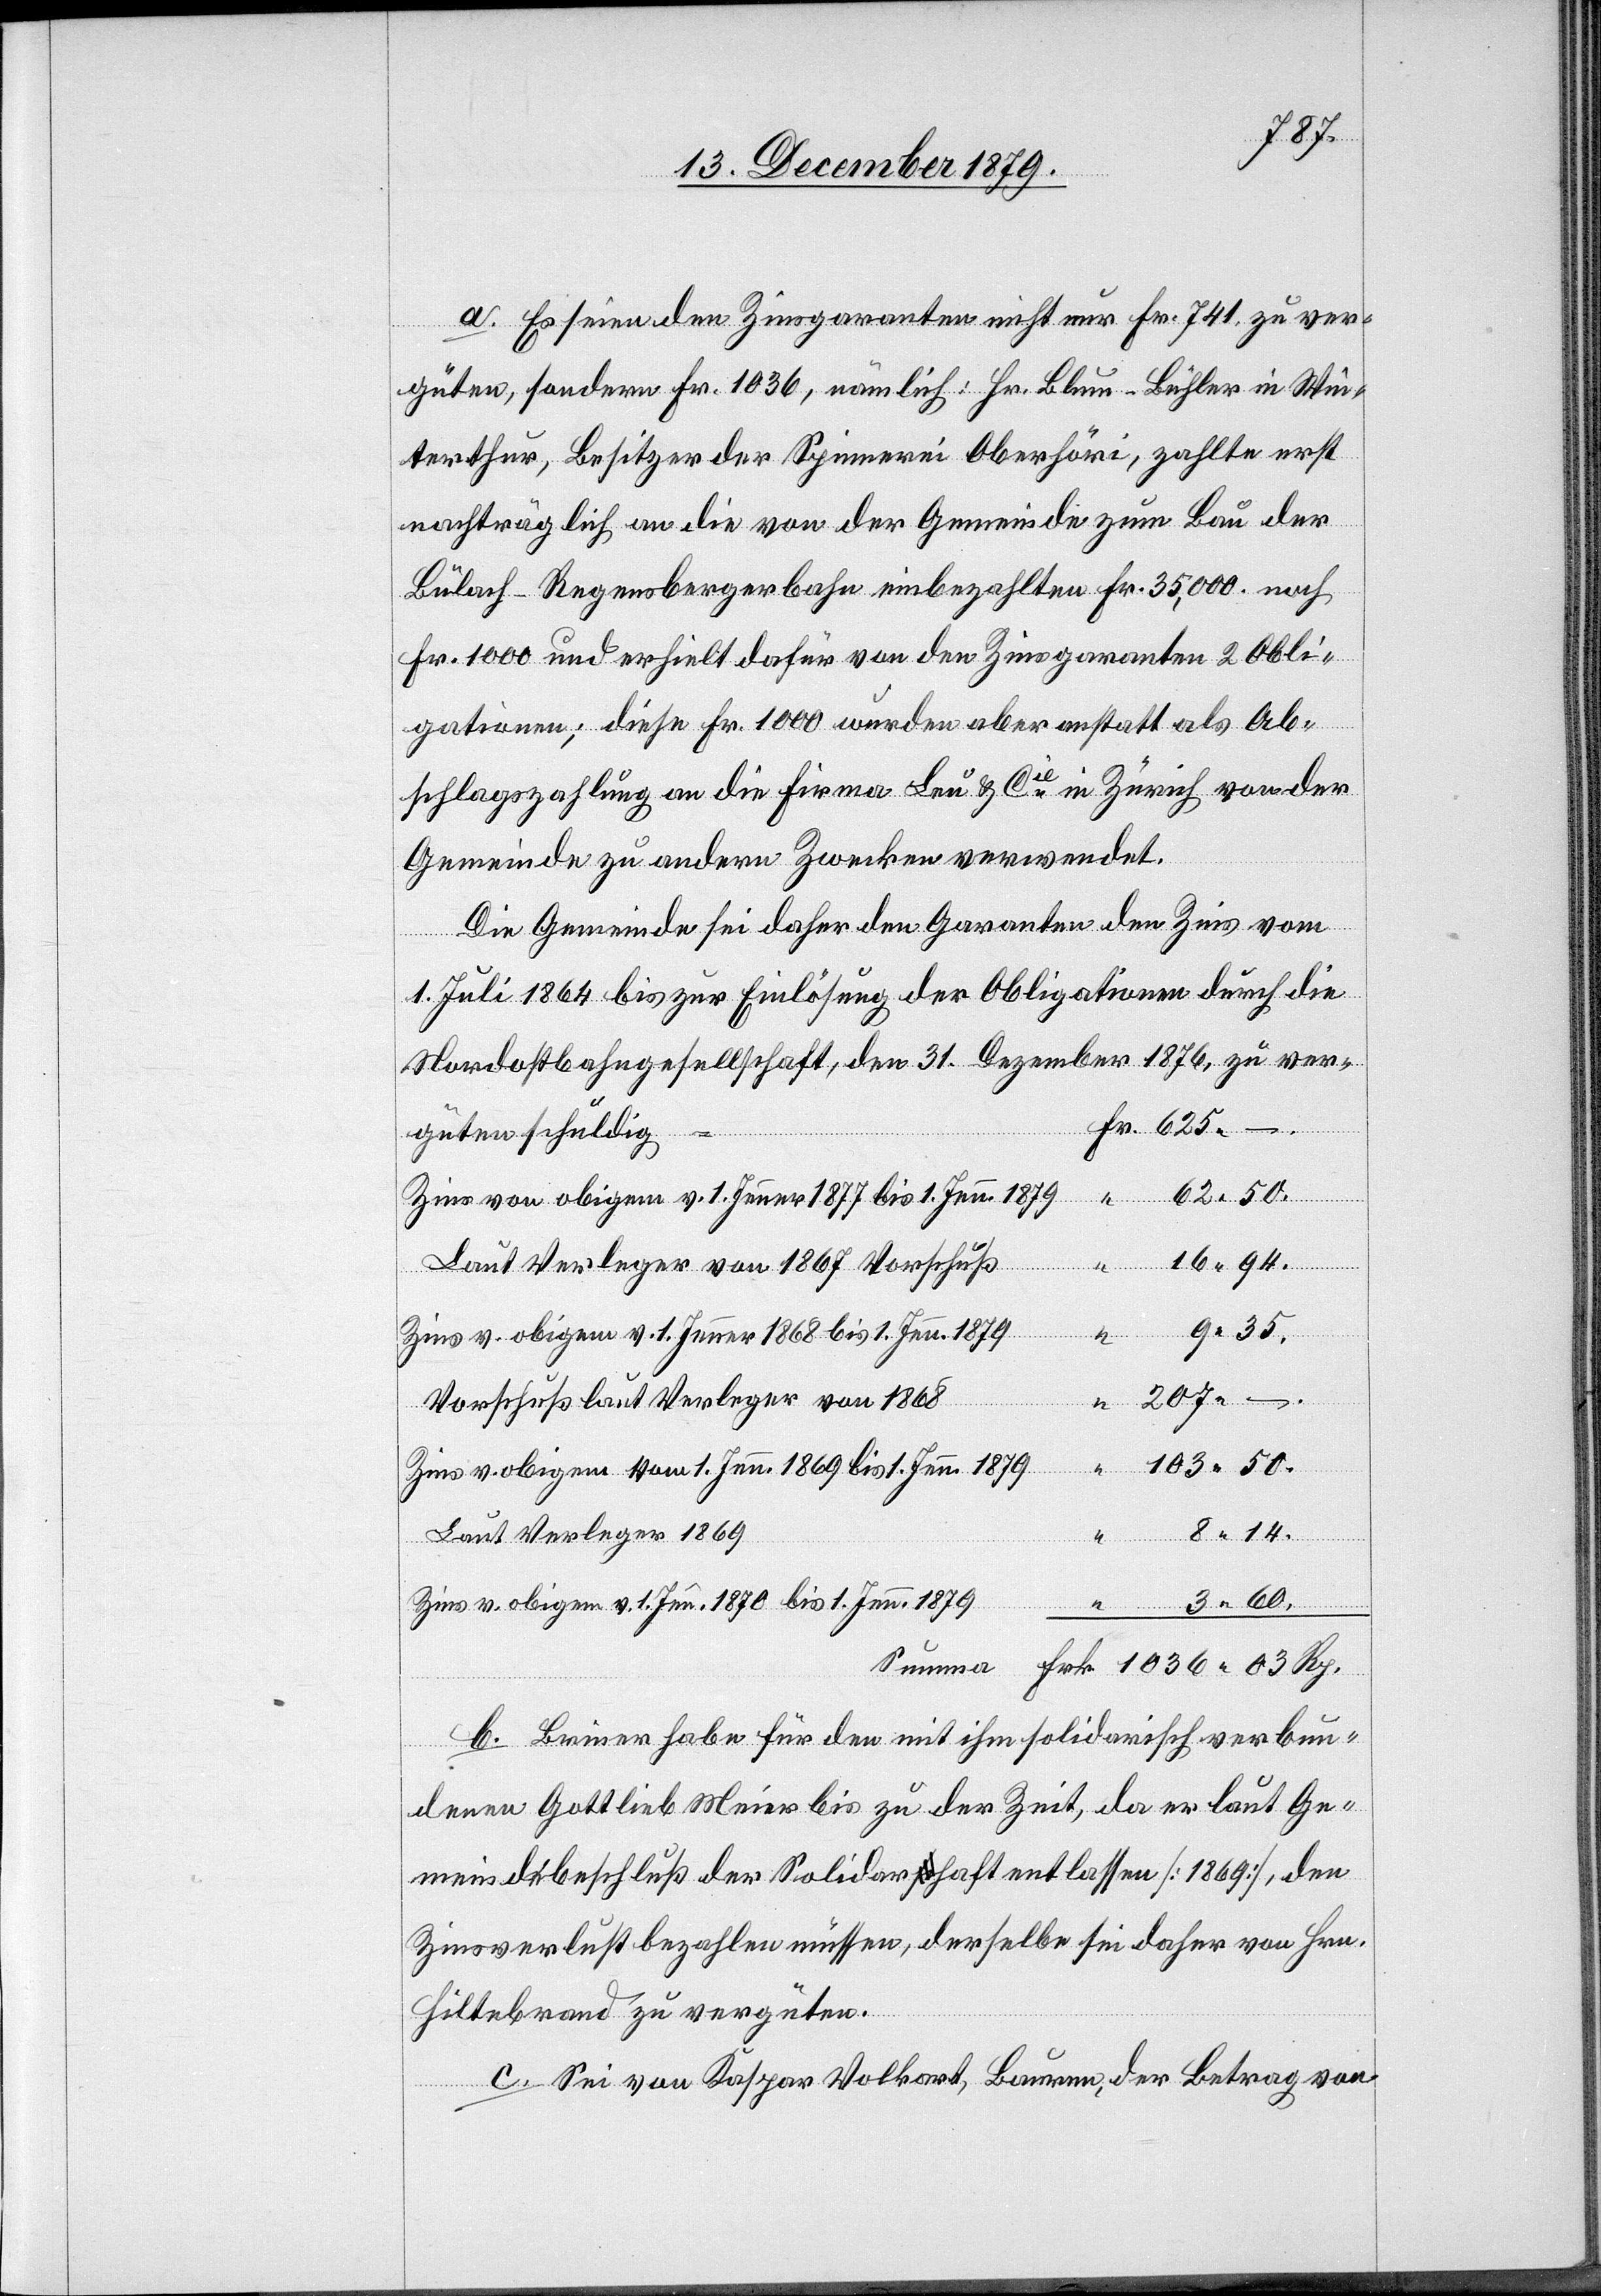
207.
a. Es seien den Zinsgaranten nicht nur Fr. 741 zu ver¬
–
güten, sondern Fr. 1036, nämlich: Hr. Blum-Bühler in Win¬
terthur, Besitzer der Spinnerei Oberhöri, zahlte erst
nachträglich an die von der Gemeinde zum Bau der
Bülach–Regensbergbahn einbezahlten Fr. 35,000 noch
Fr. 1000 und erhielt dafür von den Zinsgaranten 2 Obli¬
Rp.
gationen; diese Fr. 1000 wurden aber anstatt als Ab¬
schlagszahlung an die Firma Leu & Cie in Zürich von der
Gemeinde zu andern Zwecken verwendet.
Die Gemeinde sei daher den Garanten den Zins vom
1. Juli 1864 bis zur Einlösung der Obligationen durch die
Nordostbahngesellschaft, den 31. Dezember 1876, zu ver¬
“
Zins von obigen v. 1. Jenner 1877 bis 1. Jenn. 1879
“
16.94
Laut Verleger von 1867 Vorschuß
9.35
schuldig
Zins v. obigem v. 1. Jenner 1868 bis 1. Jenn. 1879
Voschuß laut Verleger von 1868
Summa
103.50
Zins v. obigem vom 1. Jenn. 1869 bis 1. Jenn. 1879
Laut Verleger 1869
Zins v. obigem v. 1. Jenn. 1870 bis 1. Jenn. 1879
b. Briner habe für den mit ihm solidarisch verbun¬
denen Gottlieb Meier bis zu der Zeit, da er laut Ge¬
meindebeschluß der Solidarhaft entlassen [1869], den
Zinsverlust bezahlen müssen, derselbe sei daher von Hrn.
Hiltebrand zu vergüten.
c. Sei von Kaspar Volkart, Bauren [sic!] der Betrag von